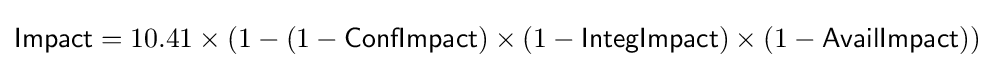
{\textsf {Impact}}=10.41\times (1-(1-{\textsf {ConfImpact}})\times (1-{\textsf {IntegImpact}})\times (1-{\textsf {AvailImpact}}))